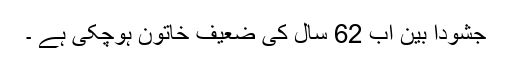
جشودا بین اب 62 سال کی ضعیف خاتون ہوچکی ہے ۔